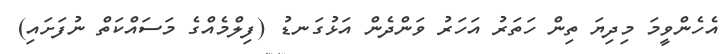
އެހެންވީމަ މިދިޔަ ތިން ހަތަރު އަހަރު ވަންދެން އަޅުގަނޑު (ފިލްމެއްގެ މަސައްކަތް ނުފަށައި)